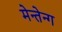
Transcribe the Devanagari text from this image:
मेन्तेन्ग